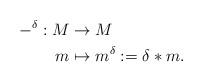
LaTeX: \begin{align*}-^\delta:M&\to M\\m&\mapsto m^\delta:=\delta\ast m.\end{align*}